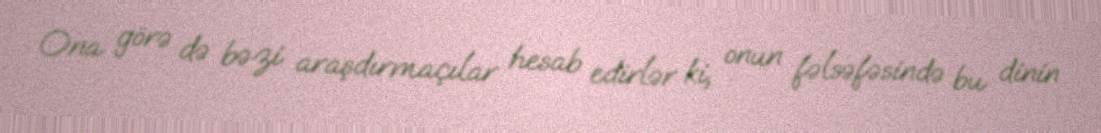
Ona görə də bəzi araşdırmaçılar hesab edirlər ki, onun fəlsəfəsində bu dinin